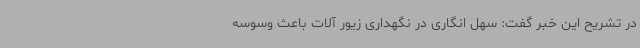
در تشریح این خبر گفت: سهل انگاری در نگهداری زیور آلات باعث وسوسه